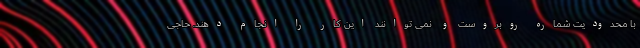
با محدودیت شماره روبروست و نمی توانند این کار را انجام دهند. حاجی